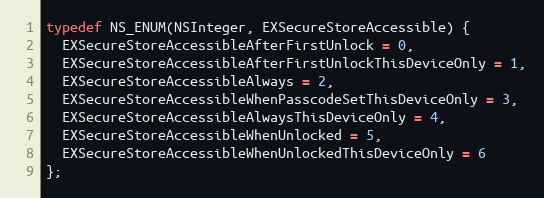
Language: C
typedef NS_ENUM(NSInteger, EXSecureStoreAccessible) {
  EXSecureStoreAccessibleAfterFirstUnlock = 0,
  EXSecureStoreAccessibleAfterFirstUnlockThisDeviceOnly = 1,
  EXSecureStoreAccessibleAlways = 2,
  EXSecureStoreAccessibleWhenPasscodeSetThisDeviceOnly = 3,
  EXSecureStoreAccessibleAlwaysThisDeviceOnly = 4,
  EXSecureStoreAccessibleWhenUnlocked = 5,
  EXSecureStoreAccessibleWhenUnlockedThisDeviceOnly = 6
};